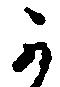
可